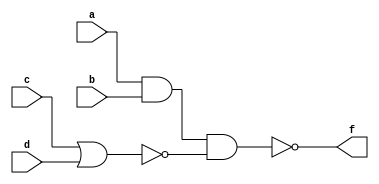
// A 2-level combinational circuit

`timescale 1ns / 1ps
module two_level(a,b,c,d,f);
  input a,b,c,d;
  output f;
  wire t1,t2;
  assign t1=a&b;
  assign t2=~(c|d);
  assign f=~(t1&t2);
endmodule